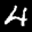
Label: 4